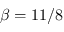
\beta = 1 1 / 8